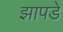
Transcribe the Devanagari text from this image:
झापडे